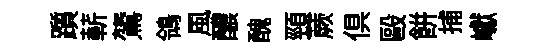
躓蔪鷟鴒風醲醜頸蕨俱毆餅捕巘